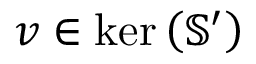
\boldsymbol { v } \in \ker \left( \mathbb { S } ^ { \prime } \right)